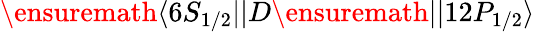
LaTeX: \ensuremath{\langle 6S_{1/2}||}D\ensuremath{||12P_{1/2}\rangle}